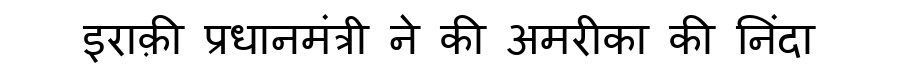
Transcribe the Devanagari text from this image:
इराक़ी प्रधानमंत्री ने की अमरीका की निंदा